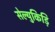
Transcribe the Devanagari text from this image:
सेल्युकिड़ि